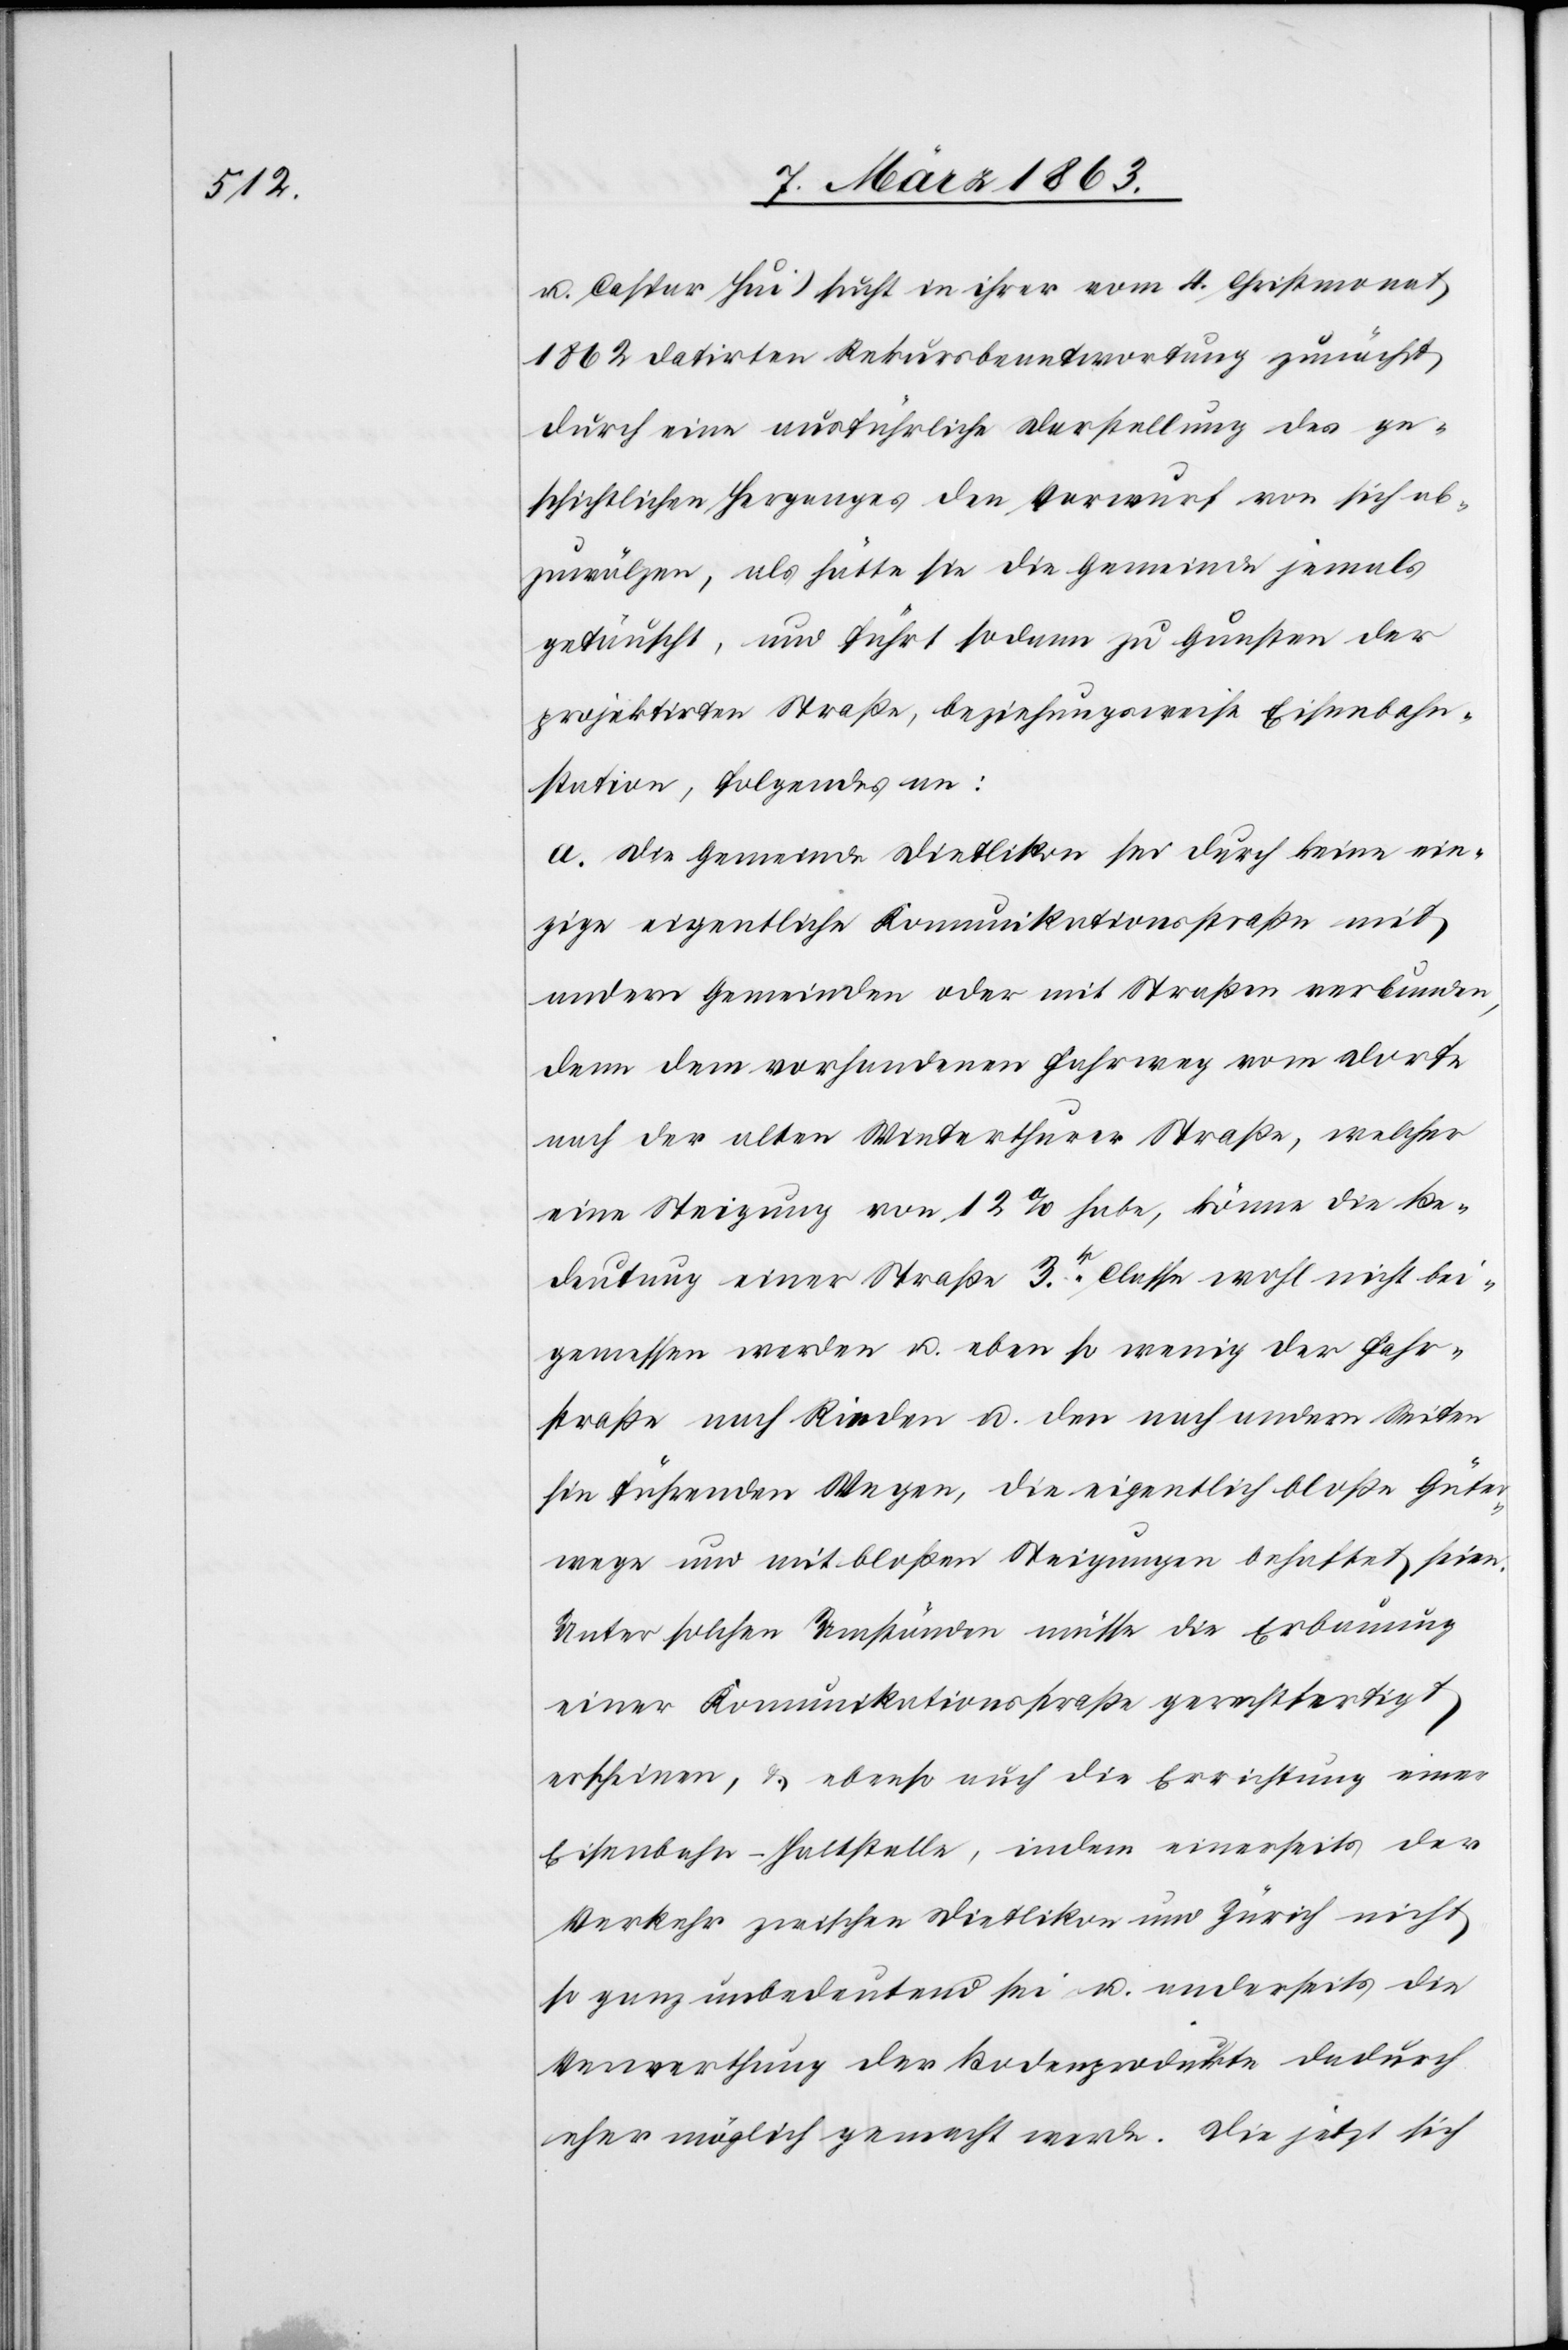
u. Caspar Hui) sucht in ihrer vom 4. Christmonat
1862 datirten Rekursbeantwortung zunächst
durch eine ausführliche Darstellung des ge¬
schichtlichen Herganges den Vorwurf von sich ab¬
zuwälzen, als hätte sie die Gemeinde jemals
getäuscht, und führt sodann zu Gunsten der
projektirten Straße, beziehungsweise Eisenbahn¬
station, folgendes an:
a. Die Gemeinde Dietlikon sei durch keine ein¬
zige eigentliche Komunikationsstraße mit
andern Gemeinden oder mit Straßen verbunden,
denn dem vorhandenen Fahrweg vom Dorfe
nach der alten Winterthurer Straße, welcher
eine Steigung von 12% habe, könne die Be¬
deutung einer Straße 3r. Classe wohl nicht bei¬
gemessen werden u. eben so wenig der Fahr¬
straße nach Rieden u. den nach andern Seiten
hin führenden Wegen, die eigentlich bloße Güter¬
wege und mit bloßen Steigungen behaftet seien.
Unter solchen Umständen müsse die Erbauung
einer Komunikationsstraße gerechtfertigt
erscheinen, & ebenso auch die Errichtung einer
Eisenbahn-Haltstelle, indem einerseits der
Verkehr zwischen Dietlikon und Zürich nicht
so ganz unbedeutend sei u. anderseits die
Verwerthung der Bodenprodukte dadurch
eher möglich gemacht werde. Die jetzt sich